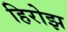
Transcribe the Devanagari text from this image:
हिरोझ